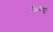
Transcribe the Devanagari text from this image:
हैध्यवंशी